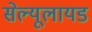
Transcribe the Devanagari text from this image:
सेल्यूलायड